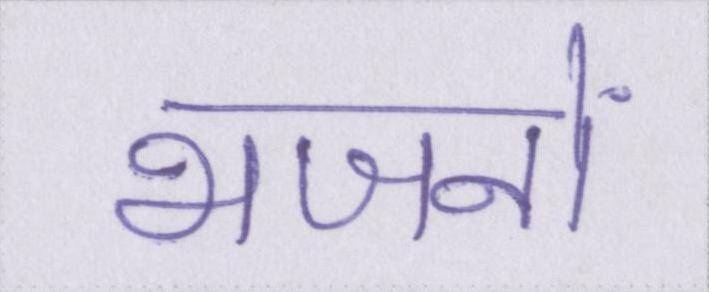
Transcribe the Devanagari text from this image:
भजनों